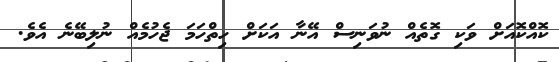
ކޮއްކޮއަށް ވަކި ގޮތެއް ނުވަނިސް އޭނާ އަކަށް ހިތްހަމަ ޖެހުމެއް ނުލިބޭނެ އެވެ.